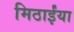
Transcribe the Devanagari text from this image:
मिठाईंया